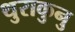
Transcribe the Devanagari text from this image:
थुराकुनु